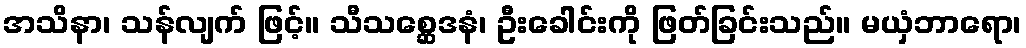
အသိနာ၊ သန်လျက် ဖြင့်။ သီသစ္ဆေဒနံ၊ ဦးခေါင်းကို ဖြတ်ခြင်းသည်။ မယှံဘာရော၊